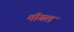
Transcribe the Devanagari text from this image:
मॊगल